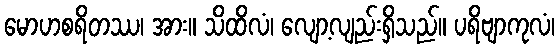
မောဟစရိတဿ၊ အား။ သိထိလံ၊ လျော့လျည်းရှိသည်။ ပရိဗျာကုလံ၊